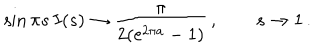
LaTeX: \sin { \pi s } \, I ( s ) \rightarrow { \frac { \pi } { { 2 ( \mathrm { e } ^ { 2 \pi a } - 1 } ) } } \, , \qquad s \rightarrow 1 \, .